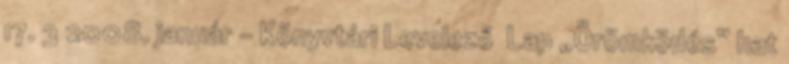
17. 3 2008. január - Könyvtári Levelező Lap „Örömködés” hat